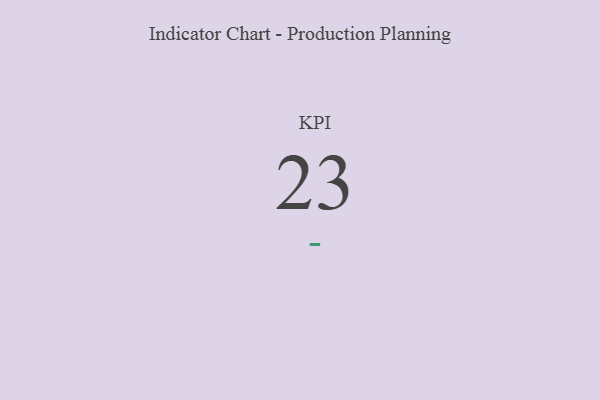
{"axis": {"x": "KPI", "y": "Value"}, "legend": [""], "data": [{"x": "KPI", "y": 23, "type": ""}]}